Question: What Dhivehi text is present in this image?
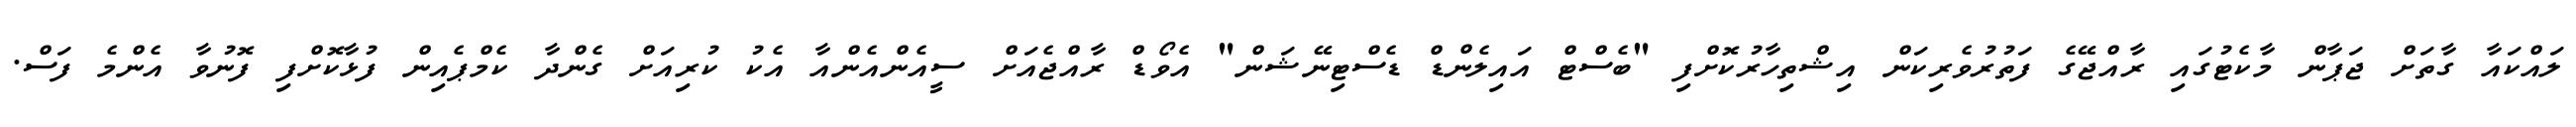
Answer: ލައްކައާ ގާތަށް ޖަޕާން މާކެޓުގައި ރާއްޖޭގެ ފަތުރުވެރިކަން އިޝްތިހާރުކޮށްފި "ބެސްޓް އައިލެންޑް ޑެސްޓިނޭޝަން" އެވޯޑް ރާއްޖެއަށް ސީއެންއެންއާ އެކު ކުރިއަށް ގެންދާ ކެމްޕެއިން ފުޅާކޮށްފި ފޮނުވާ އެންމެ ފަސް.